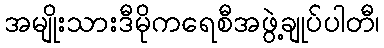
အမျိုးသားဒီမိုကရေစီအဖွဲ့ချုပ်ပါတီ၊